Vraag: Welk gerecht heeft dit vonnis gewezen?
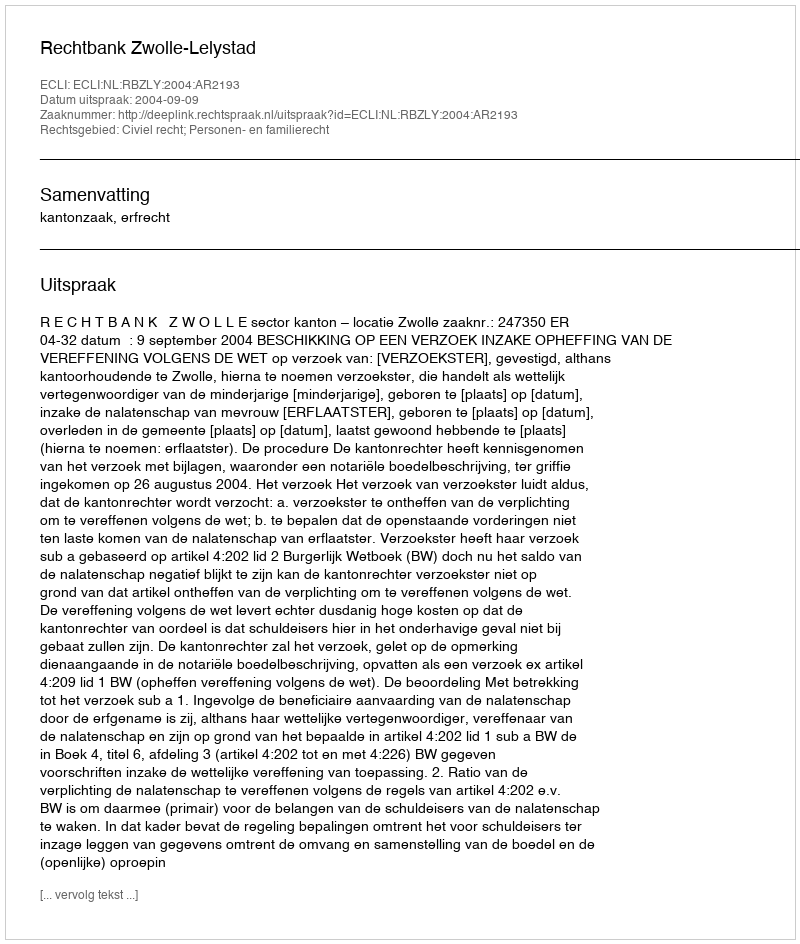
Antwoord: Rechtbank Zwolle-Lelystad